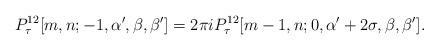
LaTeX: \begin{align*}P^{12}_\tau[m,n;-1,\alpha',\beta,\beta'] =2\pi i P^{12}_\tau[m-1,n;0,\alpha'+2\sigma,\beta,\beta'].\end{align*}